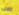
قفى